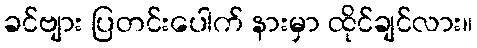
ခင်ဗျား ပြတင်းပေါက် နားမှာ ထိုင်ချင်လား။